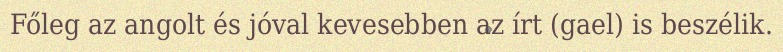
Főleg az angolt és jóval kevesebben az írt (gael) is beszélik.